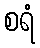
စရံ